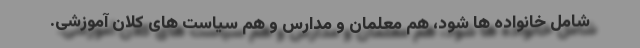
شامل خانواده ها شود، هم معلمان و مدارس و هم سیاست های کلان آموزشی.